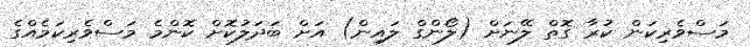
މަސްވެރިކަން ކުރާ ގޮތް ލޭނަށް (ލޯންގް ލައިން) އަށް ބަދަލުކޮށް ކޮންމެ މަސްވެރިކަމެއްގެ